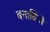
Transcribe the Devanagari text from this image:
बनार्डिनो